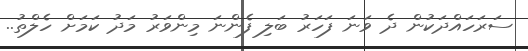
ސަރަހައްދަކުން ދެ ވަނަ ފަހަރު ބަލި ފެންނަ މިންވަރު މަދު ކަމަށް ހެލްތު..